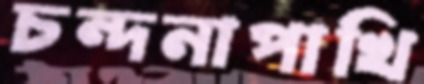
চন্দনাপাখি